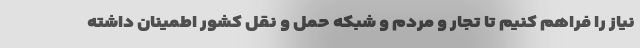
نیاز را فراهم کنیم تا تجار و مردم و شبکه حمل و نقل کشور اطمینان داشته